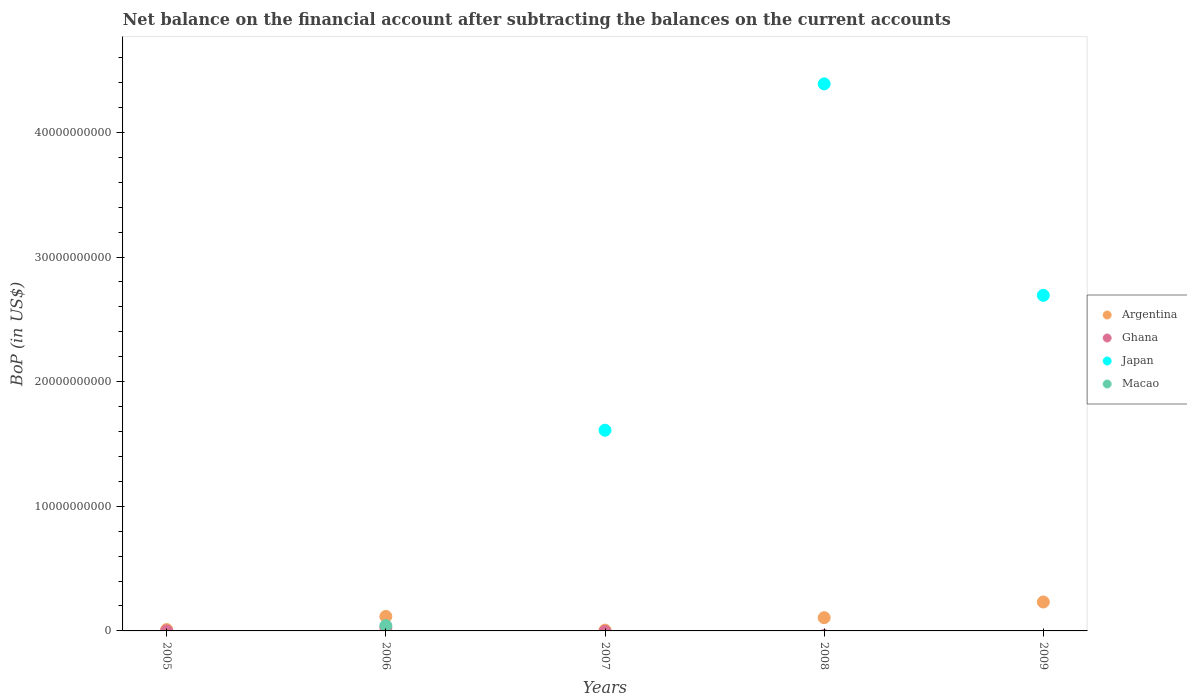
| Years | Argentina | Ghana | Japan | Macao |
 | --- | --- | --- | --- | --- |
 | 2005 | 1.1e+08 | 3.57e+06 | -1.63e+10 | -2.03e+09 |
 | 2006 | 1.16e+09 | 2.51e+08 | -3.2e+10 | 4.27e+08 |
 | 2007 | 6.32e+07 | -3.72e+07 | 1.61e+10 | -7.47e+09 |
 | 2008 | 1.06e+09 | -3.74e+08 | 4.39e+10 | -5.53e+09 |
 | 2009 | 2.32e+09 | -1.34e+09 | 2.69e+10 | -1.7e+09 |